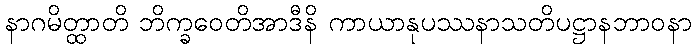
နာဂမိတ္ထာတိ ဘိက္ခဝေတိအာဒီနိ ကာယာနုပဿနာသတိပဋ္ဌာနဘာဝနာ